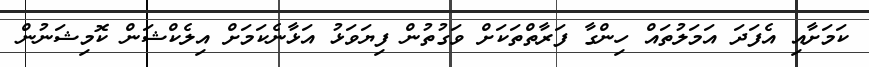
ކަމަށާއި އެފަދަ އަމަލުތައް ހިންގާ ފަރާތްތަކަށް ވަގުތުން ފިޔަވަޅު އަޅާނެކަމަށް އިލެކްޝަން ކޮމިޝަނުން